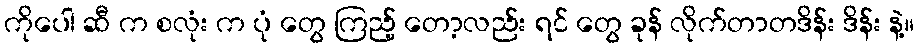
ကိုပေါ ဆီ က စလုံး က ပုံ တွေ ကြည့် တော့လည်း ရင် တွေ ခုန် လိုက်တာတဒိန်း ဒိန်း နဲ့။